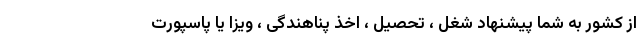
از کشور به شما پیشنهاد شغل ، تحصیل ، اخذ پناهندگی ، ویزا یا پاسپورت